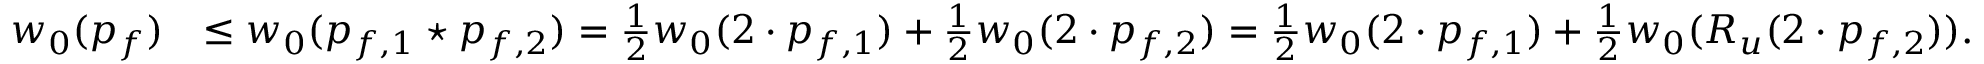
\begin{array} { r l } { w _ { 0 } ( p _ { f } ) } & { \leq w _ { 0 } ( p _ { f , 1 } \star p _ { f , 2 } ) = \frac { 1 } { 2 } w _ { 0 } ( 2 \cdot p _ { f , 1 } ) + \frac { 1 } { 2 } w _ { 0 } ( 2 \cdot p _ { f , 2 } ) = \frac { 1 } { 2 } w _ { 0 } ( 2 \cdot p _ { f , 1 } ) + \frac { 1 } { 2 } w _ { 0 } ( R _ { u } ( 2 \cdot p _ { f , 2 } ) ) . } \end{array}